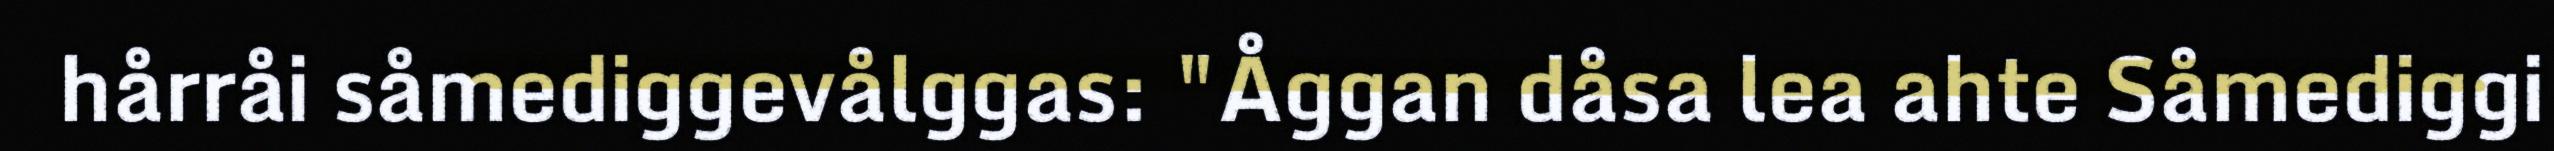
hårråi såmediggevålggas: "Åggan dåsa lea ahte Såmediggi